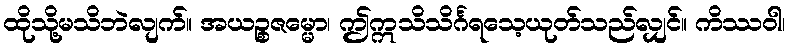
ထိုသို့မသိဘဲလျက်။ အယဉ္စဇမ္မော၊ ဤဣသိသိင်္ဂရသေ့ယုတ်သည်လျှင်။ ကိဿဝါ၊